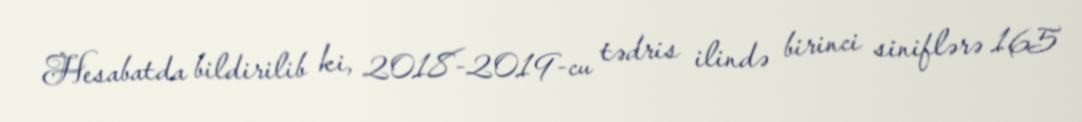
Hesabatda bildirilib ki, 2018-2019-cu tədris ilində birinci siniflərə 165